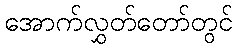
အောက်လွှတ်တော်တွင်